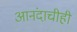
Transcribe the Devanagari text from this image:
आनंदाचीही